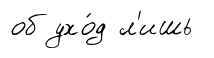
об ухо́д л'ишь